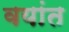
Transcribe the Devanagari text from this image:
वयांत